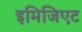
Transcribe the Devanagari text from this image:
इमिजिएट